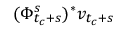
( \Phi _ { t _ { c } + s } ^ { s } ) ^ { * } v _ { t _ { c } + s }